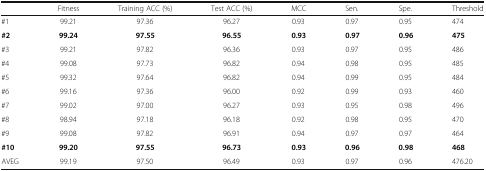
<table><thead><tr><td></td><td><b>Fitness</b></td><td><b>Training ACC (%)</b></td><td><b>Test ACC (%)</b></td><td><b>MCC</b></td><td><b>Sen.</b></td><td><b>Spe.</b></td><td><b>Threshold</b></td></tr></thead><tbody><tr><td>#1</td><td>99.21</td><td>97.36</td><td>96.27</td><td>0.93</td><td>0.97</td><td>0.95</td><td>474</td></tr><tr><td><b>#2</b></td><td><b>99.24</b></td><td><b>97.55</b></td><td><b>96.55</b></td><td><b>0.93</b></td><td><b>0.97</b></td><td><b>0.96</b></td><td><b>475</b></td></tr><tr><td>#3</td><td>99.21</td><td>97.82</td><td>96.36</td><td>0.93</td><td>0.97</td><td>0.95</td><td>486</td></tr><tr><td>#4</td><td>99.08</td><td>97.73</td><td>96.82</td><td>0.94</td><td>0.98</td><td>0.95</td><td>485</td></tr><tr><td>#5</td><td>99.32</td><td>97.64</td><td>96.82</td><td>0.94</td><td>0.99</td><td>0.95</td><td>484</td></tr><tr><td>#6</td><td>99.16</td><td>97.36</td><td>96.00</td><td>0.92</td><td>0.99</td><td>0.93</td><td>460</td></tr><tr><td>#7</td><td>99.02</td><td>97.00</td><td>96.27</td><td>0.93</td><td>0.95</td><td>0.98</td><td>496</td></tr><tr><td>#8</td><td>98.94</td><td>97.18</td><td>96.18</td><td>0.92</td><td>0.98</td><td>0.95</td><td>470</td></tr><tr><td>#9</td><td>99.08</td><td>97.82</td><td>96.91</td><td>0.94</td><td>0.97</td><td>0.97</td><td>464</td></tr><tr><td><b>#10</b></td><td><b>99.20</b></td><td><b>97.55</b></td><td><b>96.73</b></td><td><b>0.93</b></td><td><b>0.96</b></td><td><b>0.98</b></td><td><b>468</b></td></tr><tr><td>AVEG</td><td>99.19</td><td>97.50</td><td>96.49</td><td>0.93</td><td>0.97</td><td>0.96</td><td>476.20</td></tr></tbody></table>